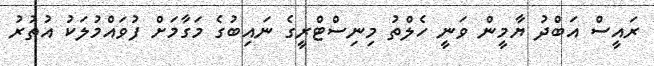
ރައީސް އަބްދު ޔާމީން ވަނީ ހެލްތު މިނިސްޓްރީގެ ނައިބުގެ މަގާމަށް ފުވައްމުލަކު އުތުރު